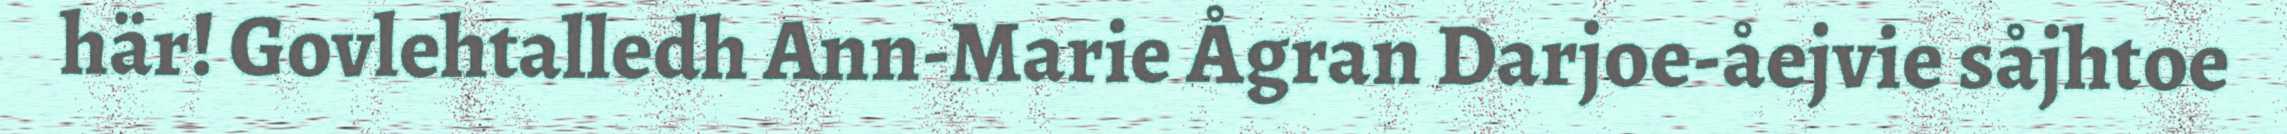
här! Govlehtalledh Ann-Marie Ågran Darjoe-åejvie såjhtoe